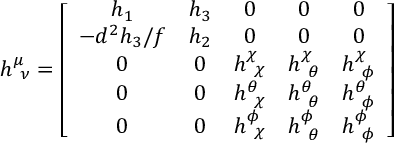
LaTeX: h _ { ~ \nu } ^ { \mu } = \left[ \begin{array} { c c c c c } { { h _ { 1 } } } & { { h _ { 3 } } } & { { 0 } } & { { 0 } } & { { 0 } } \\ { { - d ^ { 2 } h _ { 3 } / f } } & { { h _ { 2 } } } & { { 0 } } & { { 0 } } & { { 0 } } \\ { { 0 } } & { { 0 } } & { { h _ { ~ \chi } ^ { \chi } } } & { { h _ { ~ \theta } ^ { \chi } } } & { { h _ { ~ \phi } ^ { \chi } } } \\ { { 0 } } & { { 0 } } & { { h _ { ~ \chi } ^ { \theta } } } & { { h _ { ~ \theta } ^ { \theta } } } & { { h _ { ~ \phi } ^ { \theta } } } \\ { { 0 } } & { { 0 } } & { { h _ { ~ \chi } ^ { \phi } } } & { { h _ { ~ \theta } ^ { \phi } } } & { { h _ { ~ \phi } ^ { \phi } } } \end{array} \right]